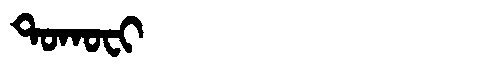
Manchu: ᡨᠣᡴᠣᠸᡳ
Romanization: TOKOFI